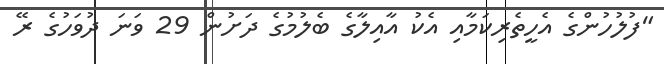
"ފުލުހުންގެ އެހީތެރިކަމާއި އެކު އާއިލާގެ ބެލުމުގެ ދަށުން 29 ވަނަ ދުވަހުގެ ރޭ